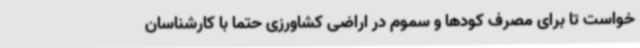
خواست تا برای مصرف کودها و سموم در اراضی کشاورزی حتما با کارشناسان